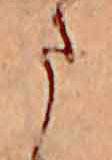
ま